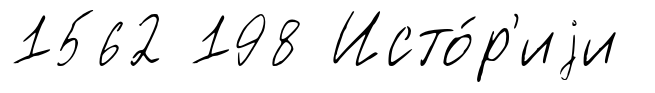
1562 198 Исто́р'иjи